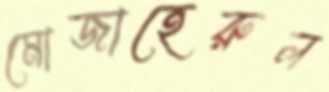
মোজাহেরুল